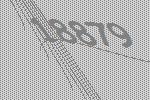
18879